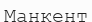
Манкент